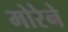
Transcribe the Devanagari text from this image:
मोरेने